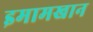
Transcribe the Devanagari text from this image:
इमामखान